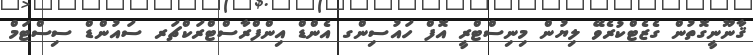
ޤާނޫނީގޮތުން ގެޒެޓްކުރެވޭ ލިޔުން މިނިސްޓްރީ އޮފް ހައުސިންގ އެންޑް އިންފްރާސްޓްރަކްޗަރ ސައުންޑް ސިސްޓަމް